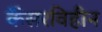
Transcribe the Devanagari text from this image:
कैंसरविहीन